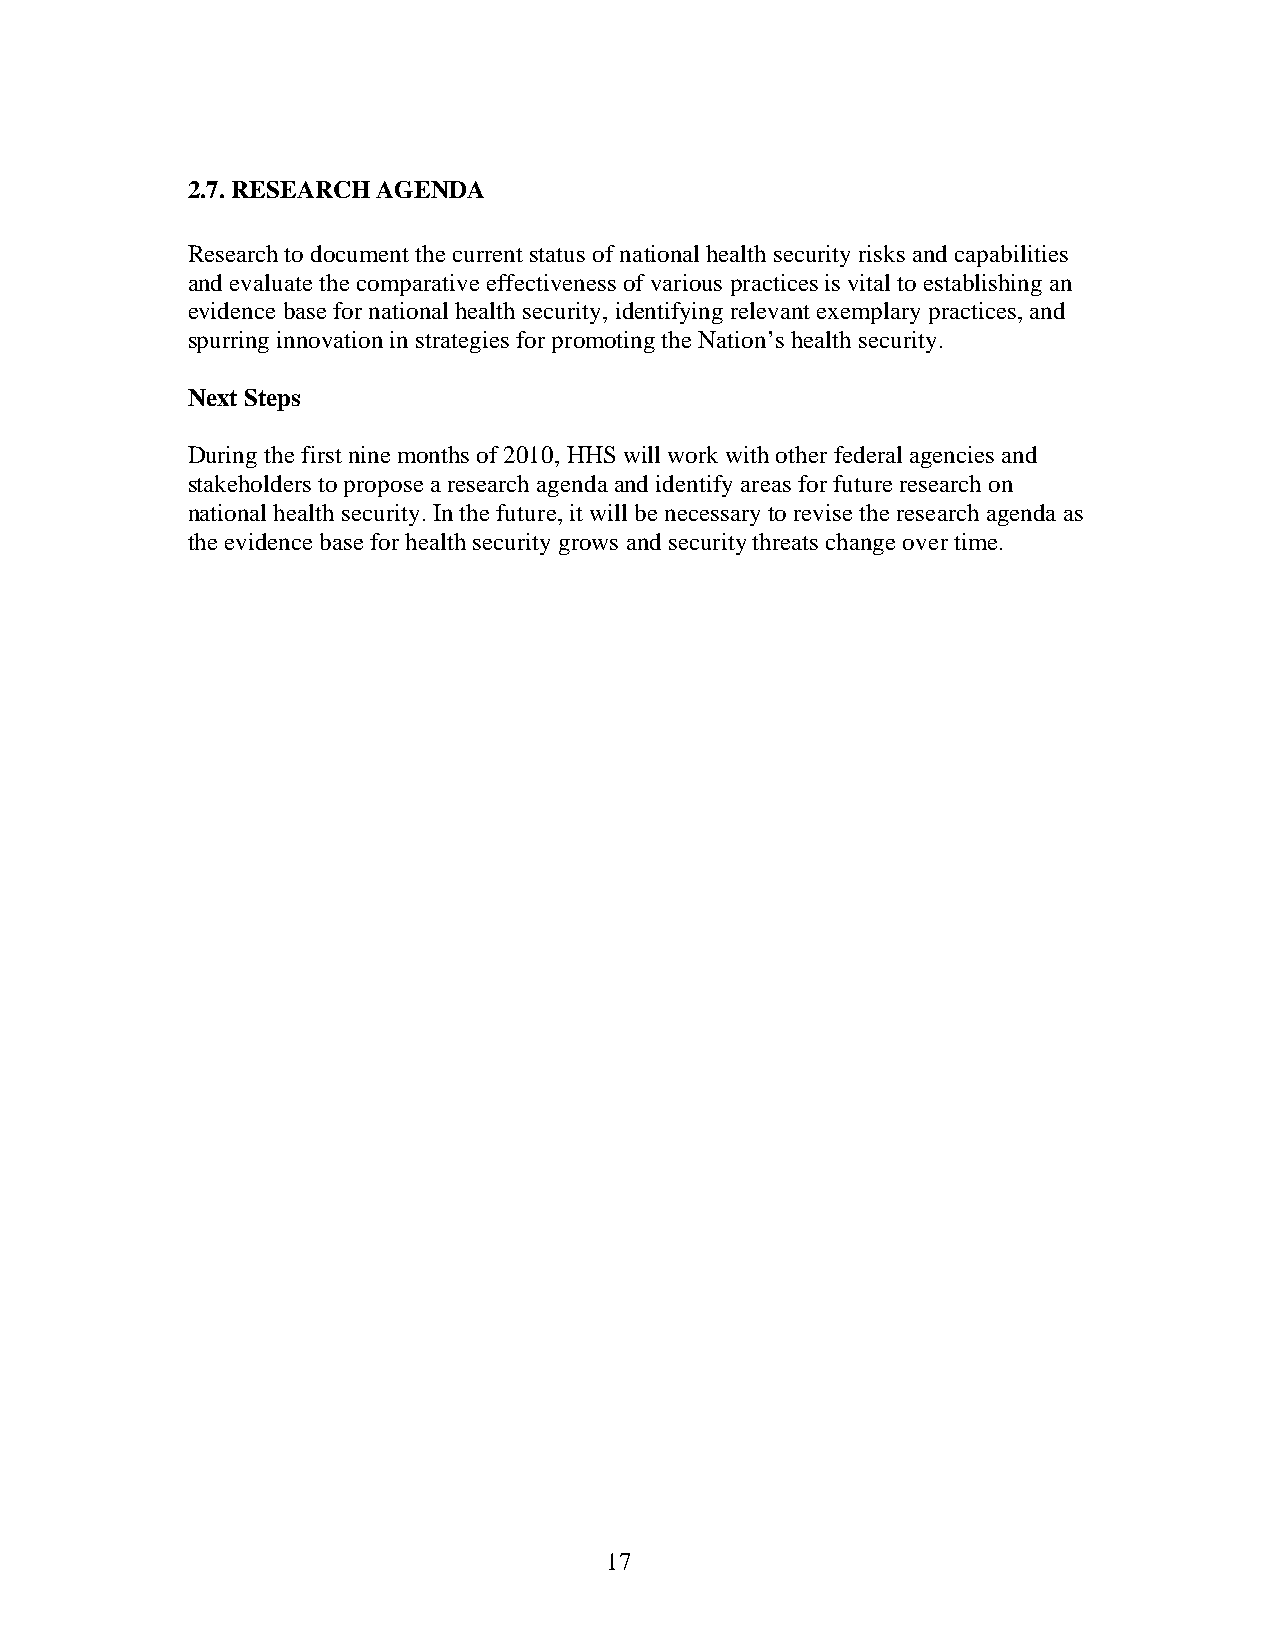
2.7. RESEARCH AGENDA
 Research to document the current status of national health security risks and capabilities
 and evaluate the comparative effectiveness of various practices is vital to establishing an
 evidence base for national health security, identifying relevant exemplary practices, and
 spurring innovation in strategies for promoting the Nation’s health security.
 Next Steps
 During the first nine months of 2010, HHS will work with other federal agencies and
 stakeholders to propose a research agenda and identify areas for future research on
 national health security. In the future, it will be necessary to revise the research agenda as
 the evidence base for health security grows and security threats change over time.
 17